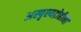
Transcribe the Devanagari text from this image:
अस्पृश्यद्रोहींनी